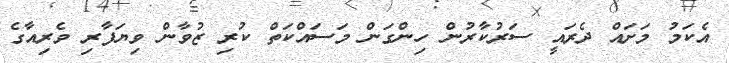
އެކަމު މަށައް ދެރައީ ސަރުކާރުން ހިންގަން މަސައްކަތް ކުރި ޒުވާން ވިޔަފާރި ވެރިއާގެ